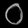
Digit: ၀